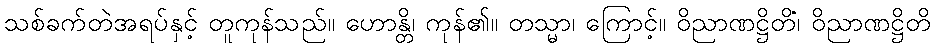
သစ်ခက်တဲအရပ်နှင့် တူကုန်သည်။ ဟောန္တိ၊ ကုန်၏။ တသ္မာ၊ ကြောင့်။ ဝိညာဏဋ္ဌိတိံ၊ ဝိညာဏဋ္ဌိတိ